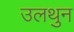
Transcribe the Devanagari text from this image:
उलथुन